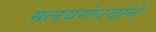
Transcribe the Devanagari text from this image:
मलयगंधर्वाने